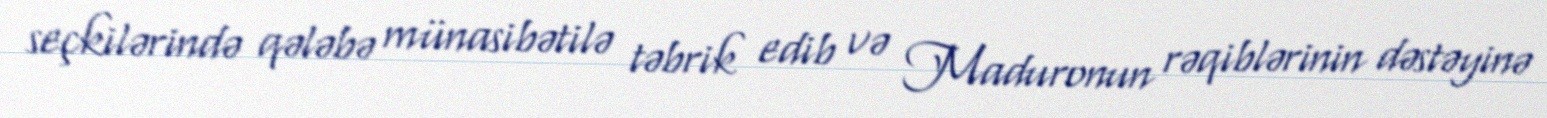
seçkilərində qələbə münasibətilə təbrik edib və Maduronun rəqiblərinin dəstəyinə